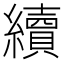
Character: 續